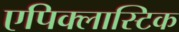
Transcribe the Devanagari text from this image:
एपिक्लास्टिक